NAE_ERA_R-2362_Emakeele_Selts, lk 7
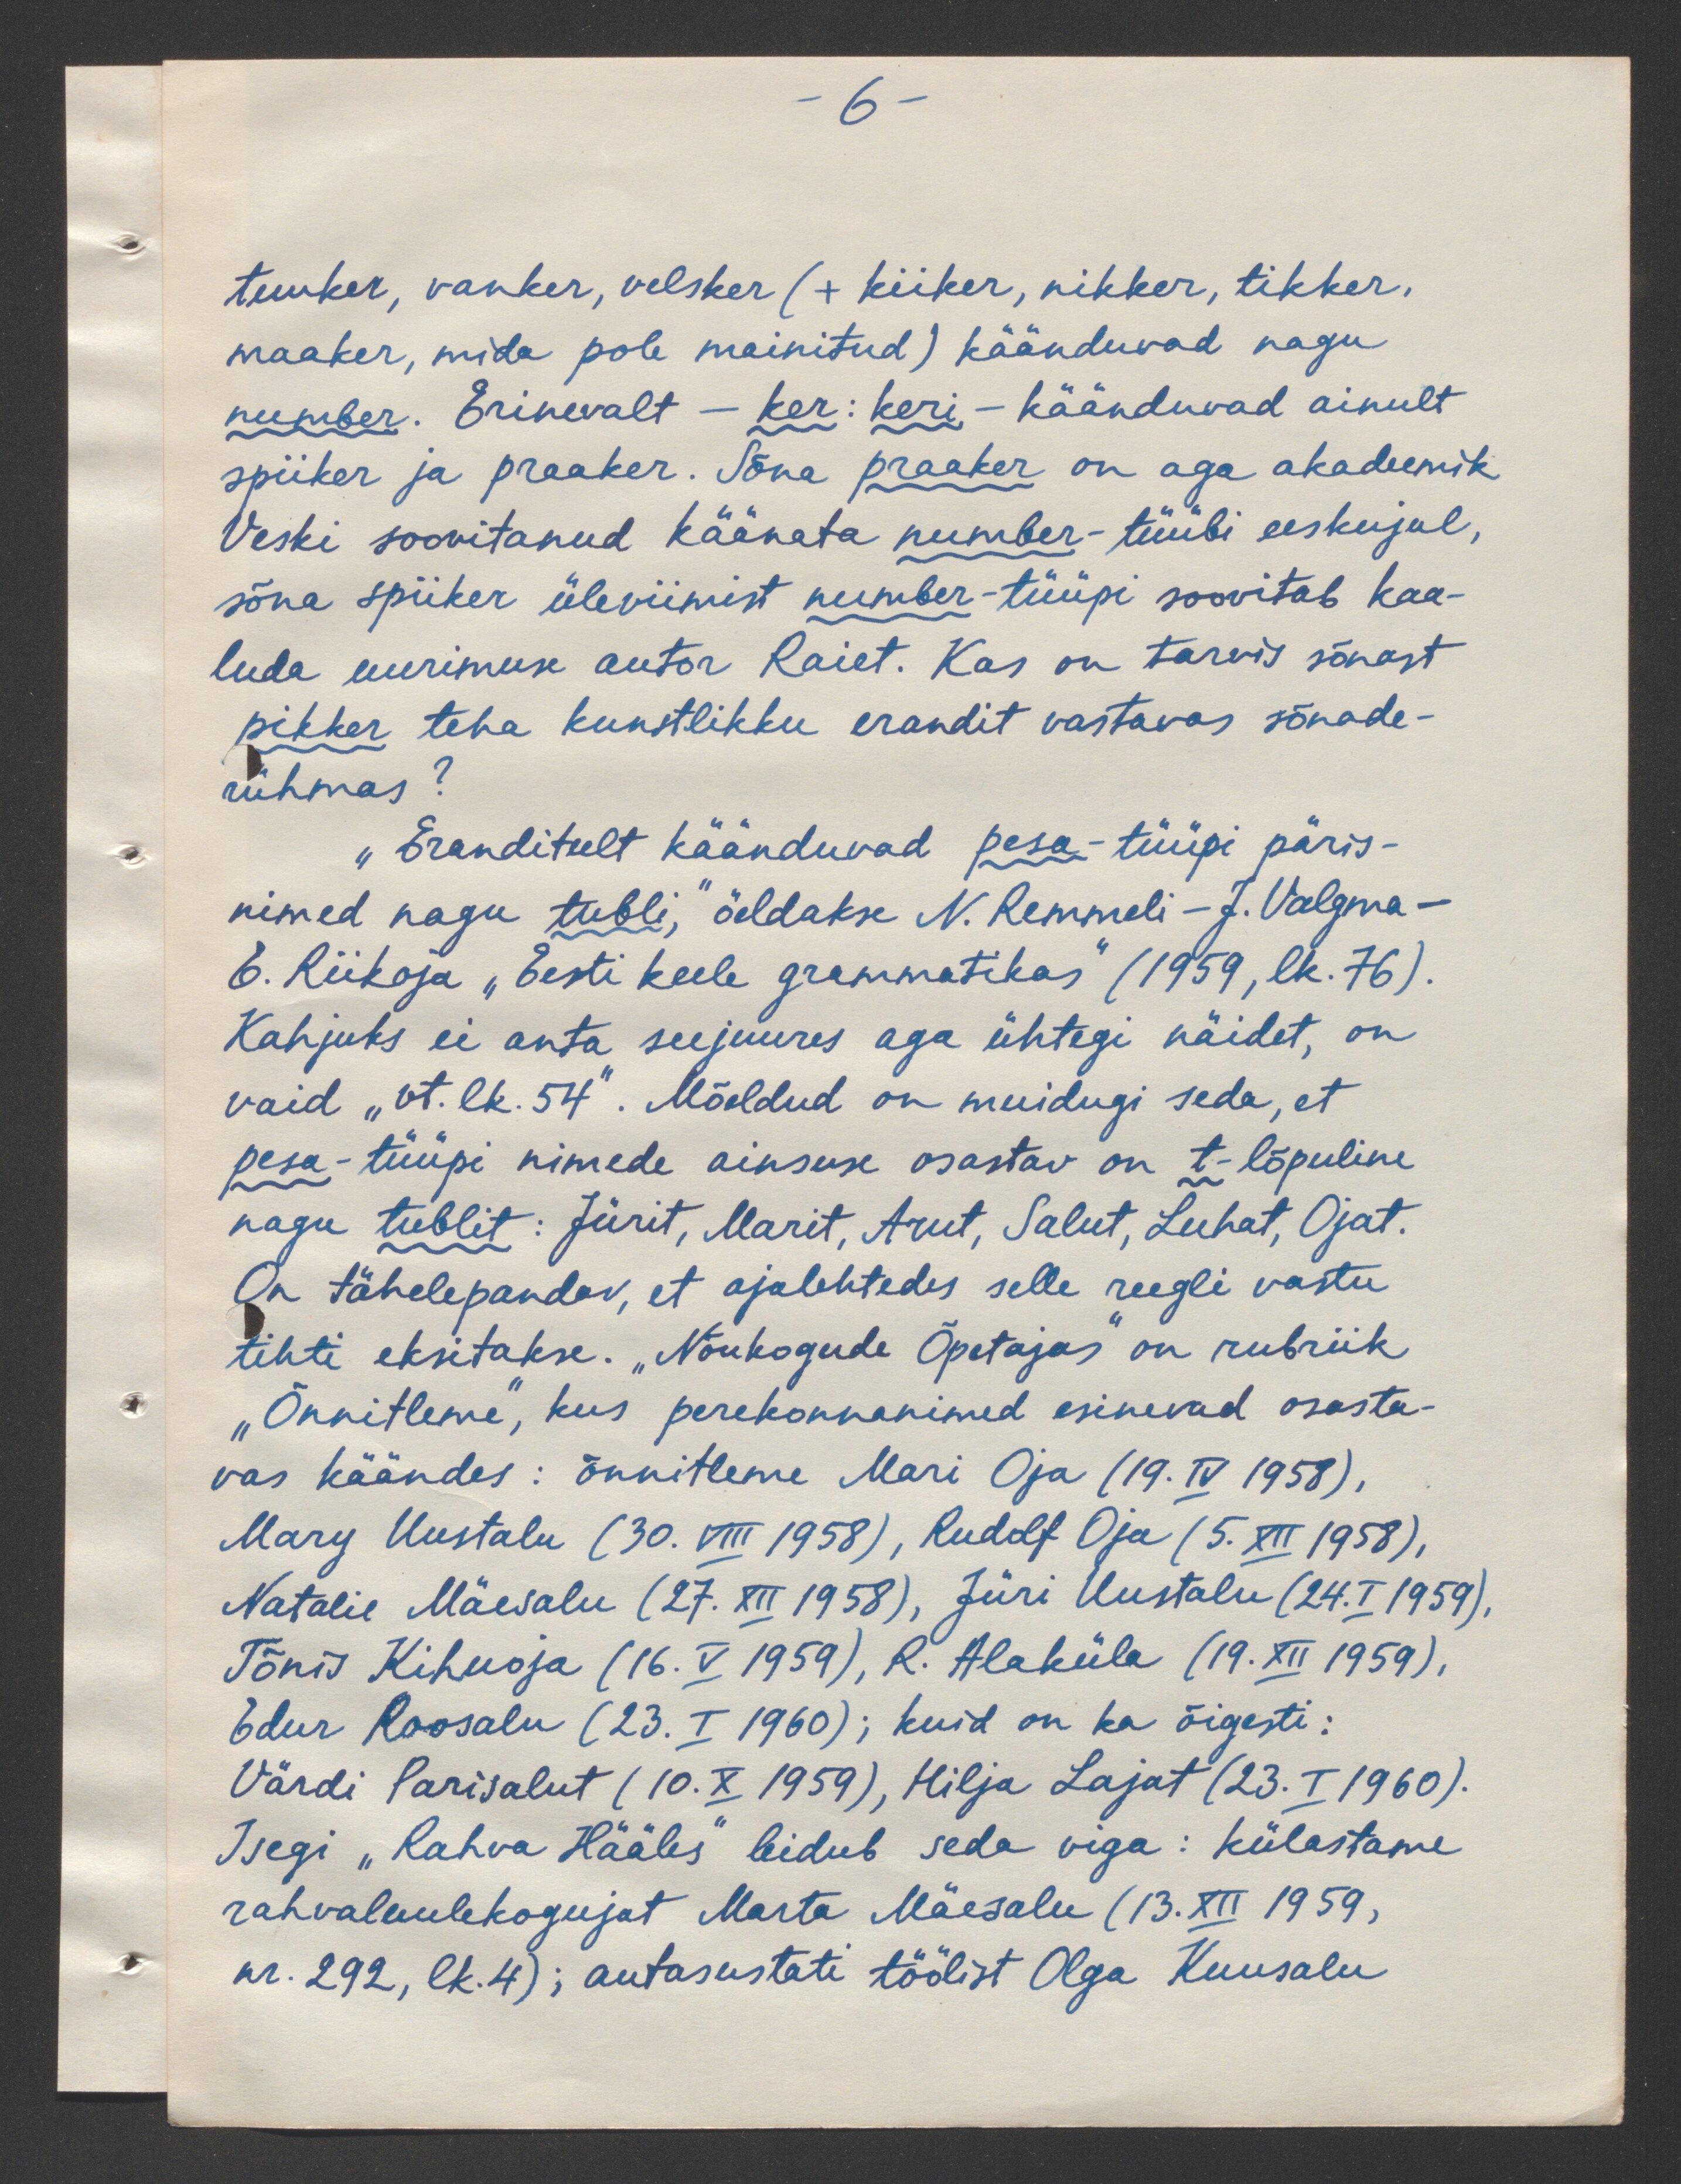
6-
tuuker, vanker, velsker (+ kiiker, nikker, tikker.
maaker, mida pole mainitud) käänduvad nagu
number. Erinevalt - ker: keri - käänduvad ainult
spiiker ja praaker. Sõna praaker on aga akadeemik
Veski soovitanud käänata number-tüübi eeskujul,
sõna spiiker üleviimist number-tüüpi soovitab kaa-
luda uurimuse autor Raiet. Kas on tarvis sõnast
pikker teha kunstlikku erandit vastavas sõnade-
rühmas?
"Eranditult käänduvad pesa-tüüpi päris-
nimed nagu tubli," õeldakse N. Remmeli - J. Valgma-
E. Riikoja "Eesti keele grammatikas" (1959, lk. 76).
Kahjuks ei anta seejuures aga ühtegi näidet, on
vaid "vt. lk. 54". Mõeldud on muidugi seda, et
pesa-tüüpi nimede ainsuse osastav on t-lõpuline
nagu tublit: Jürit, Marit, Arut, Salut, Luhat, Ojat.
On tähelepandav, et ajalehtedes selle reegli vastu
tihti eksitakse. "Nõukogude Õpetajas" on rubriik
„Õnnitleme", kus perekonnanimed esinevad osasta-
vas käändes: õnnitleme Mari Oja (19.IV 1958),
Mari Uustalu (30. VIII 1958), Rudolf Oja (5. XII 1958),
Natalie Mäevalu (27. XII 1958), Jüri Uustalu (24.I.1959).
Tõnis Kihuoja (16.V 1959), R. Alaküla (19.XII.1959),
Edur Roosalu (23. I 1960); kuid on ka õigesti:
Värdi Parisalut (10.X 1959), Hilja Lajat (23.I 1960).
Isegi "Rahva Hääles" leidub seda viga: külastame
rahvaluulekogujat Marta Mäesalu (13.XII.1959,
nr. 292, lk. 4); autasustati töölist Olga Kuusalu